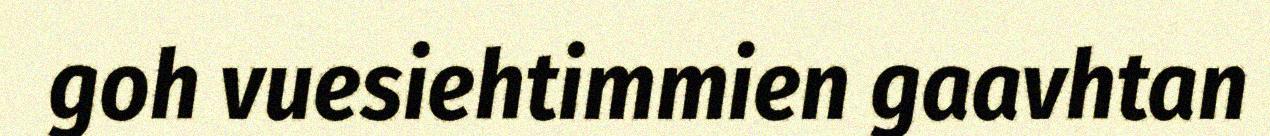
goh vuesiehtimmien gaavhtan